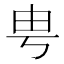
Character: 甹